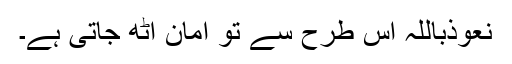
نعوذباللہ اس طرح سے تو امان اٹھ جاتی ہے۔